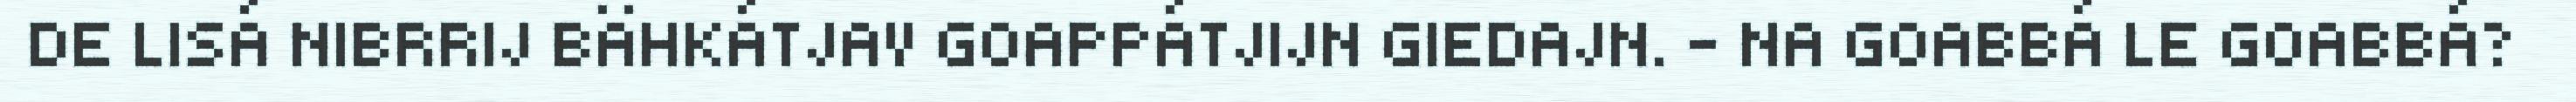
DE LISÁ NIBRRIJ BÄHKÁTJAV GOAPPÁTJIJN GIEDAJN. – NA GOABBÁ LE GOABBÁ?